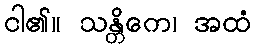
ငါ၏။ သန္တိကေ၊ အထံ